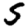
Digit: 5